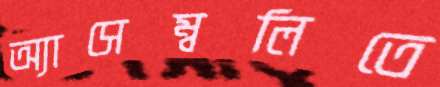
অ্যাসেম্বলিতে